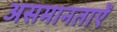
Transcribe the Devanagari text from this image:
असमानताऐं